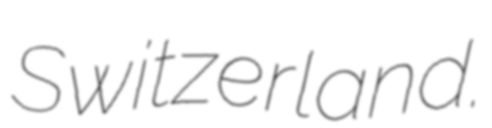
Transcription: Switzerland.